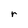
Character: r